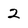
Character: 2